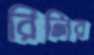
রিলির